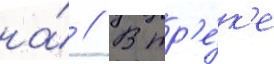
на́ // В тр'е́к'е